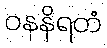
ဝနနိရတံ